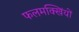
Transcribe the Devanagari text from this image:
फलमक्खियों